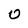
Character: O